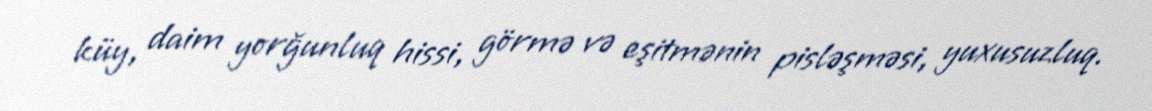
küy, daim yorğunluq hissi, görmə və eşitmənin pisləşməsi, yuxusuzluq.